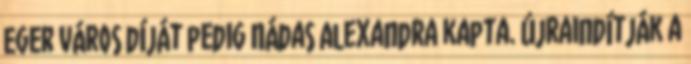
Eger város díját pedig Nádas Alexandra kapta. Újraindítják a